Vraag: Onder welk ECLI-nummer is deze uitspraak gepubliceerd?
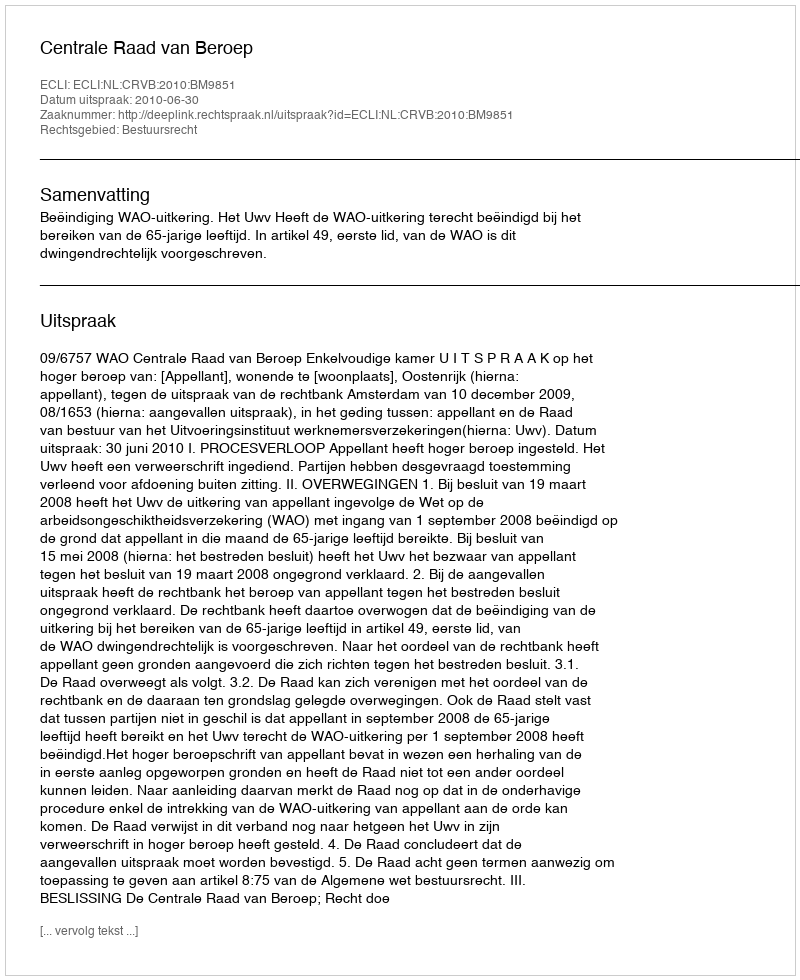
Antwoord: ECLI:NL:CRVB:2010:BM9851